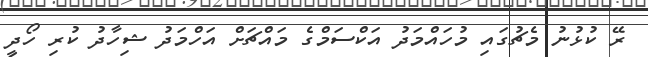
ރޭ ކުޅުނު މެޗުގައި މުހައްމަދު އަކްސަމްގެ މައްޗަށް އަހްމަދު ޝިހާދު ކުރި ހޯދީ